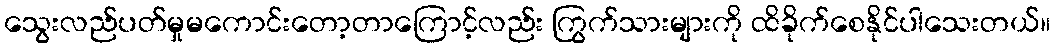
သွေးလည်ပတ်မှုမကောင်းတော့တာကြောင့်လည်း ကြွက်သားများကို ထိခိုက်စေနိုင်ပါသေးတယ်။